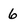
Character: 6